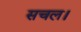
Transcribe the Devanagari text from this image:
सचल।